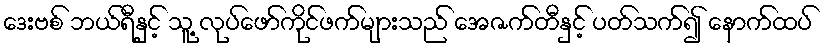
ဒေးဗစ် ဘယ်ရီနှင့် သူ့ လုပ်ဖော်ကိုင်ဖက်များသည် အေဇက်တီနှင့် ပတ်သက်၍ နောက်ထပ်